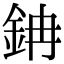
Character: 䤡